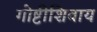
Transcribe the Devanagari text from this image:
गोष्टीशिवाय